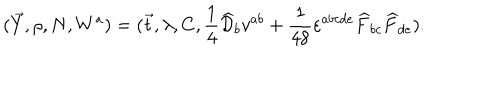
( \vec { Y } , \rho , N , W ^ { a } ) = ( \vec { t } , \lambda , C , \frac { 1 } { 4 } \widehat { \cal D } _ { b } v ^ { a b } + \frac { 1 } { 4 8 } \varepsilon ^ { a b c d e } \widehat { F } _ { b c } \widehat { F } _ { d e } ) .